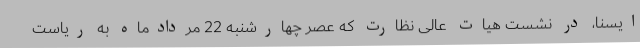
ایسنا، در نشست هیات عالی نظارت که عصر چهارشنبه 22 مردادماه به ریاست